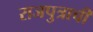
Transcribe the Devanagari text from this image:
राजपुत्राची